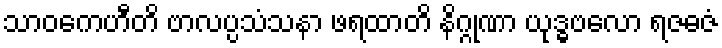
သာဝကေဟီတိ ဗာလပ္ပသံသနာ ဖရထာတိ နိဂ္ဂုဏာ ယုဒ္ဓဗလော ရဇဓဇံ